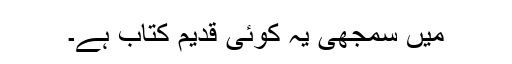
میں سمجھی یہ کوئی قدیم کتاب ہے۔